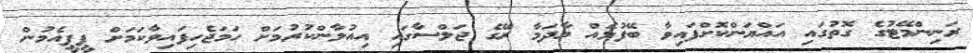
ރަނިންމޭޓުގެ ގޮތުގައި އައްޔަންކޮށްފައިވާ ބޭފުޅެއް މާދަމާ ރޭގެ ޖަލްސާގައި އިއުލާންކުރުމަށް ހަމަޖެހިފައިވާކަމަށް ޕީޕީއެމުން